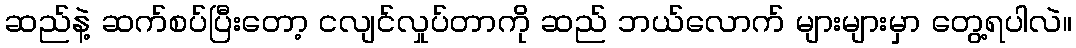
ဆည်နဲ့ ဆက်စပ်ပြီးတော့ ငလျင်လှုပ်တာကို ဆည် ဘယ်လောက် များများမှာ တွေ့ရပါလဲ။